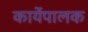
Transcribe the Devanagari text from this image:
कार्येपालक